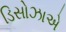
ડિસોઝાએ